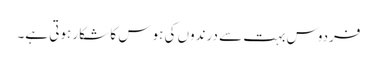
فردوس بہت سے درندوں کی ہوس کا شکار ہوتی ہے۔